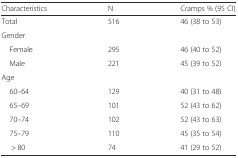
| Characteristics | N | Cramps % (95 CI) |
 | --- | --- | --- |
 | Total | 516 | 46 (38 to 53) |
 | <COLSPAN=3> Gender |
 | Female | 295 | 46 (40 to 52) |
 | Male | 221 | 45 (39 to 52) |
 | <COLSPAN=3> Age |
 | 60–64 | 129 | 40 (31 to 48) |
 | 65–69 | 101 | 52 (43 to 62) |
 | 70–74 | 102 | 52 (43 to 63) |
 | 75–79 | 110 | 45 (35 to 54) |
 | > 80 | 74 | 41 (29 to 52) |